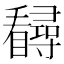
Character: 𪿃